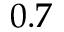
0 . 7